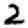
Digit: 2